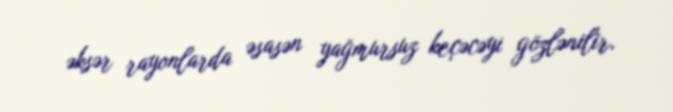
əksər rayonlarda əsasən yağmursuz keçəcəyi gözlənilir.